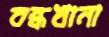
বন্ধখানা